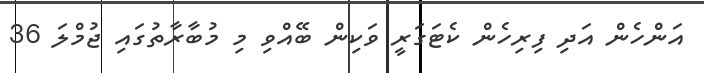
އަންހެން އަދި ފިރިހެން ކެޓަގަރީ ވަކިން ބޭއްވި މި މުބާރާތުގައި ޖުމްލަ 36